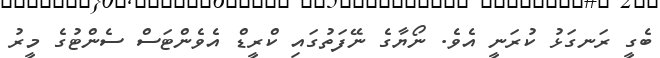
ބެގީ ރަނގަޅު ކުރަނީ އެވެ. ނޯޔާގެ ނޭފަތުގައި ކްރީޑް އެވެންޓަސް ސެންޓުގެ މީރު